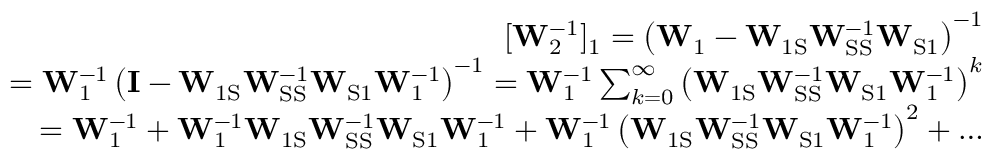
\begin{array} { r } { [ \mathbf { W } _ { 2 } ^ { - 1 } ] _ { 1 } = \left( \mathbf { W } _ { 1 } - \mathbf { W } _ { \mathrm { 1 S } } \mathbf { W } _ { \mathrm { S S } } ^ { - 1 } \mathbf { W } _ { \mathrm { S 1 } } \right) ^ { - 1 } } \\ { = \mathbf { W } _ { 1 } ^ { - 1 } \left( \mathbf { I } - \mathbf { W } _ { \mathrm { 1 S } } \mathbf { W } _ { \mathrm { S S } } ^ { - 1 } \mathbf { W } _ { \mathrm { S 1 } } \mathbf { W } _ { 1 } ^ { - 1 } \right) ^ { - 1 } = \mathbf { W } _ { 1 } ^ { - 1 } \sum _ { k = 0 } ^ { \infty } \left( \mathbf { W } _ { \mathrm { 1 S } } \mathbf { W } _ { \mathrm { S S } } ^ { - 1 } \mathbf { W } _ { \mathrm { S 1 } } \mathbf { W } _ { 1 } ^ { - 1 } \right) ^ { k } } \\ { = \mathbf { W } _ { 1 } ^ { - 1 } + \mathbf { W } _ { 1 } ^ { - 1 } \mathbf { W } _ { \mathrm { 1 S } } \mathbf { W } _ { \mathrm { S S } } ^ { - 1 } \mathbf { W } _ { \mathrm { S 1 } } \mathbf { W } _ { 1 } ^ { - 1 } + \mathbf { W } _ { 1 } ^ { - 1 } \left( \mathbf { W } _ { \mathrm { 1 S } } \mathbf { W } _ { \mathrm { S S } } ^ { - 1 } \mathbf { W } _ { \mathrm { S 1 } } \mathbf { W } _ { 1 } ^ { - 1 } \right) ^ { 2 } + \dots } \end{array}